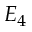
E _ { 4 }